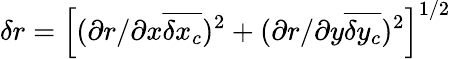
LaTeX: \delta{r}=\left[(\partial{r}/\partial{x}\overline{{\delta{x_{c}}}})^{2}+(\partial{r}/\partial{y}\overline{{\delta{y_{c}}}})^{2}\right]^{1/2}